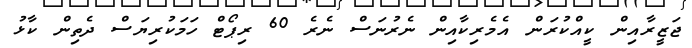
ޖަޒީރާއިން ކީއްކުރަން އެމެރިކާއިން ނެރުނަސް ނެރެ 60 ރިޕޯޓް ހަމަކުރިޔަސް ދެތިން ކާޅު